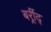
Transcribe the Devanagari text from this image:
बर्र्र्रीद्